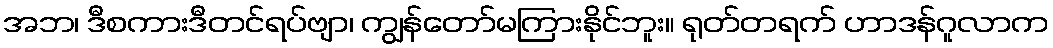
အဘ၊ ဒီစကားဒီတင်ရပ်ဗျာ၊ ကျွန်တော်မကြားနိုင်ဘူး။ ရုတ်တရက် ဟာဒန်ဂူလာက